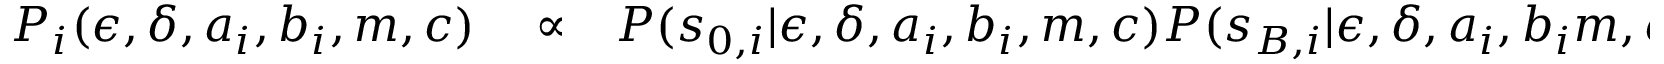
\begin{array} { r l r } { P _ { i } ( \epsilon , \delta , a _ { i } , b _ { i } , m , c ) } & { { } \propto } & { P ( s _ { 0 , i } | \epsilon , \delta , a _ { i } , b _ { i } , m , c ) P ( s _ { B , i } | \epsilon , \delta , a _ { i } , b _ { i } m , c ) P _ { i - 1 } ( \epsilon , \delta , m , c ) } \end{array}